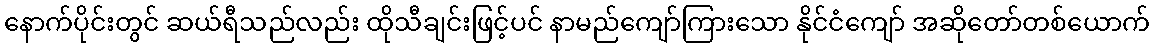
နောက်ပိုင်းတွင် ဆယ်ရီသည်လည်း ထိုသီချင်းဖြင့်ပင် နာမည်ကျော်ကြားသော နိုင်ငံကျော် အဆိုတော်တစ်ယောက်